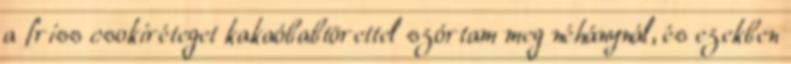
a friss csokiréteget kakaóbabtörettel szórtam meg néhánynál, és ezekben